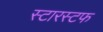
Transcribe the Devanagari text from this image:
स्टारस्टफ